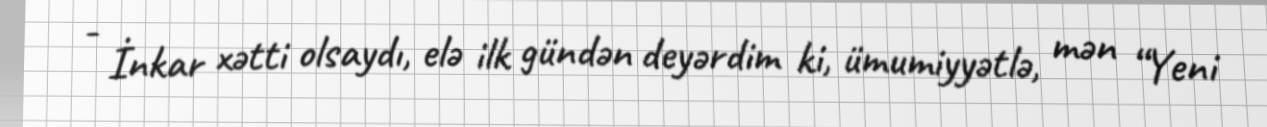
- İnkar xətti olsaydı, elə ilk gündən deyərdim ki, ümumiyyətlə, mən “Yeni